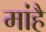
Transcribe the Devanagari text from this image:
मांहै